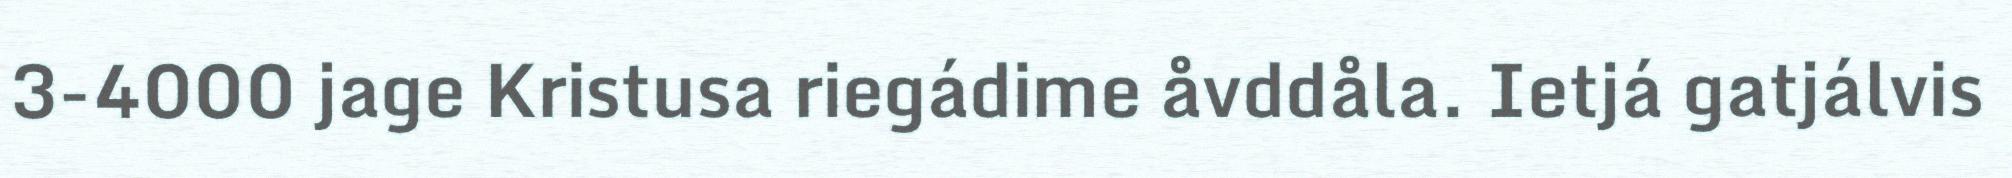
3-4000 jage Kristusa riegádime åvddåla. Ietjá gatjálvis